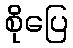
စိုပြေ